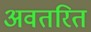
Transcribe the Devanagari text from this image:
अवतरित